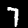
Label: 7